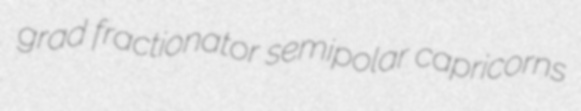
grad fractionator semipolar capricorns